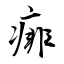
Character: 痱